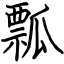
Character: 瓢